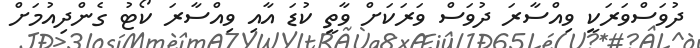
ދުވަސްވަރަކީ ވިއްސާރަ ދުވަސް ވަރަކަށް ވާތީ ކުޑަ އާއި ވިއްސާރަ ކޯޓު ގެންދިއުމަށް